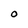
Character: 0